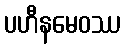
ပဟီနမေဝဿ